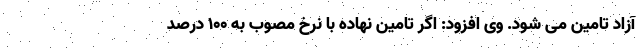
آزاد تامین‌ می شود. وی افزود: اگر تامین نهاده با نرخ مصوب به ۱۰۰ درصد